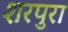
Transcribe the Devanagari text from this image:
शरपुरा